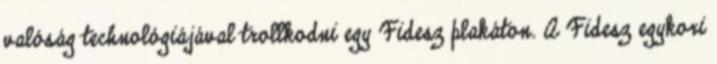
valóság technológiájával trollkodni egy Fidesz plakáton. A Fidesz egykori